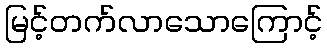
မြင့်တက်လာသောကြောင့်